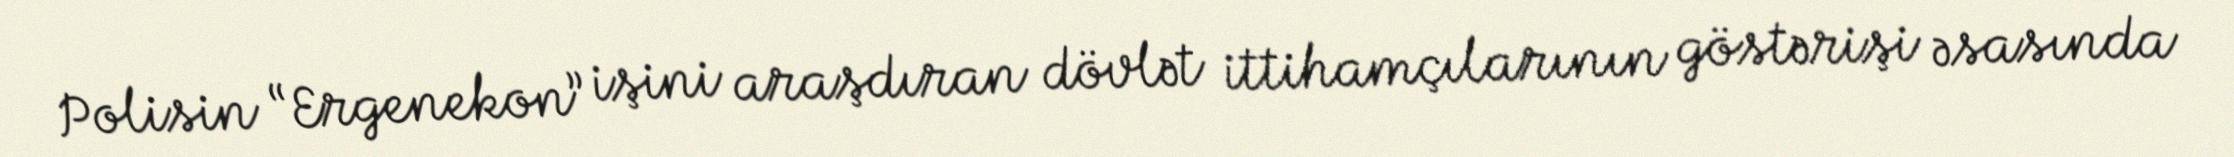
Polisin “Ergenekon” işini araşdıran dövlət ittihamçılarının göstərişi əsasında